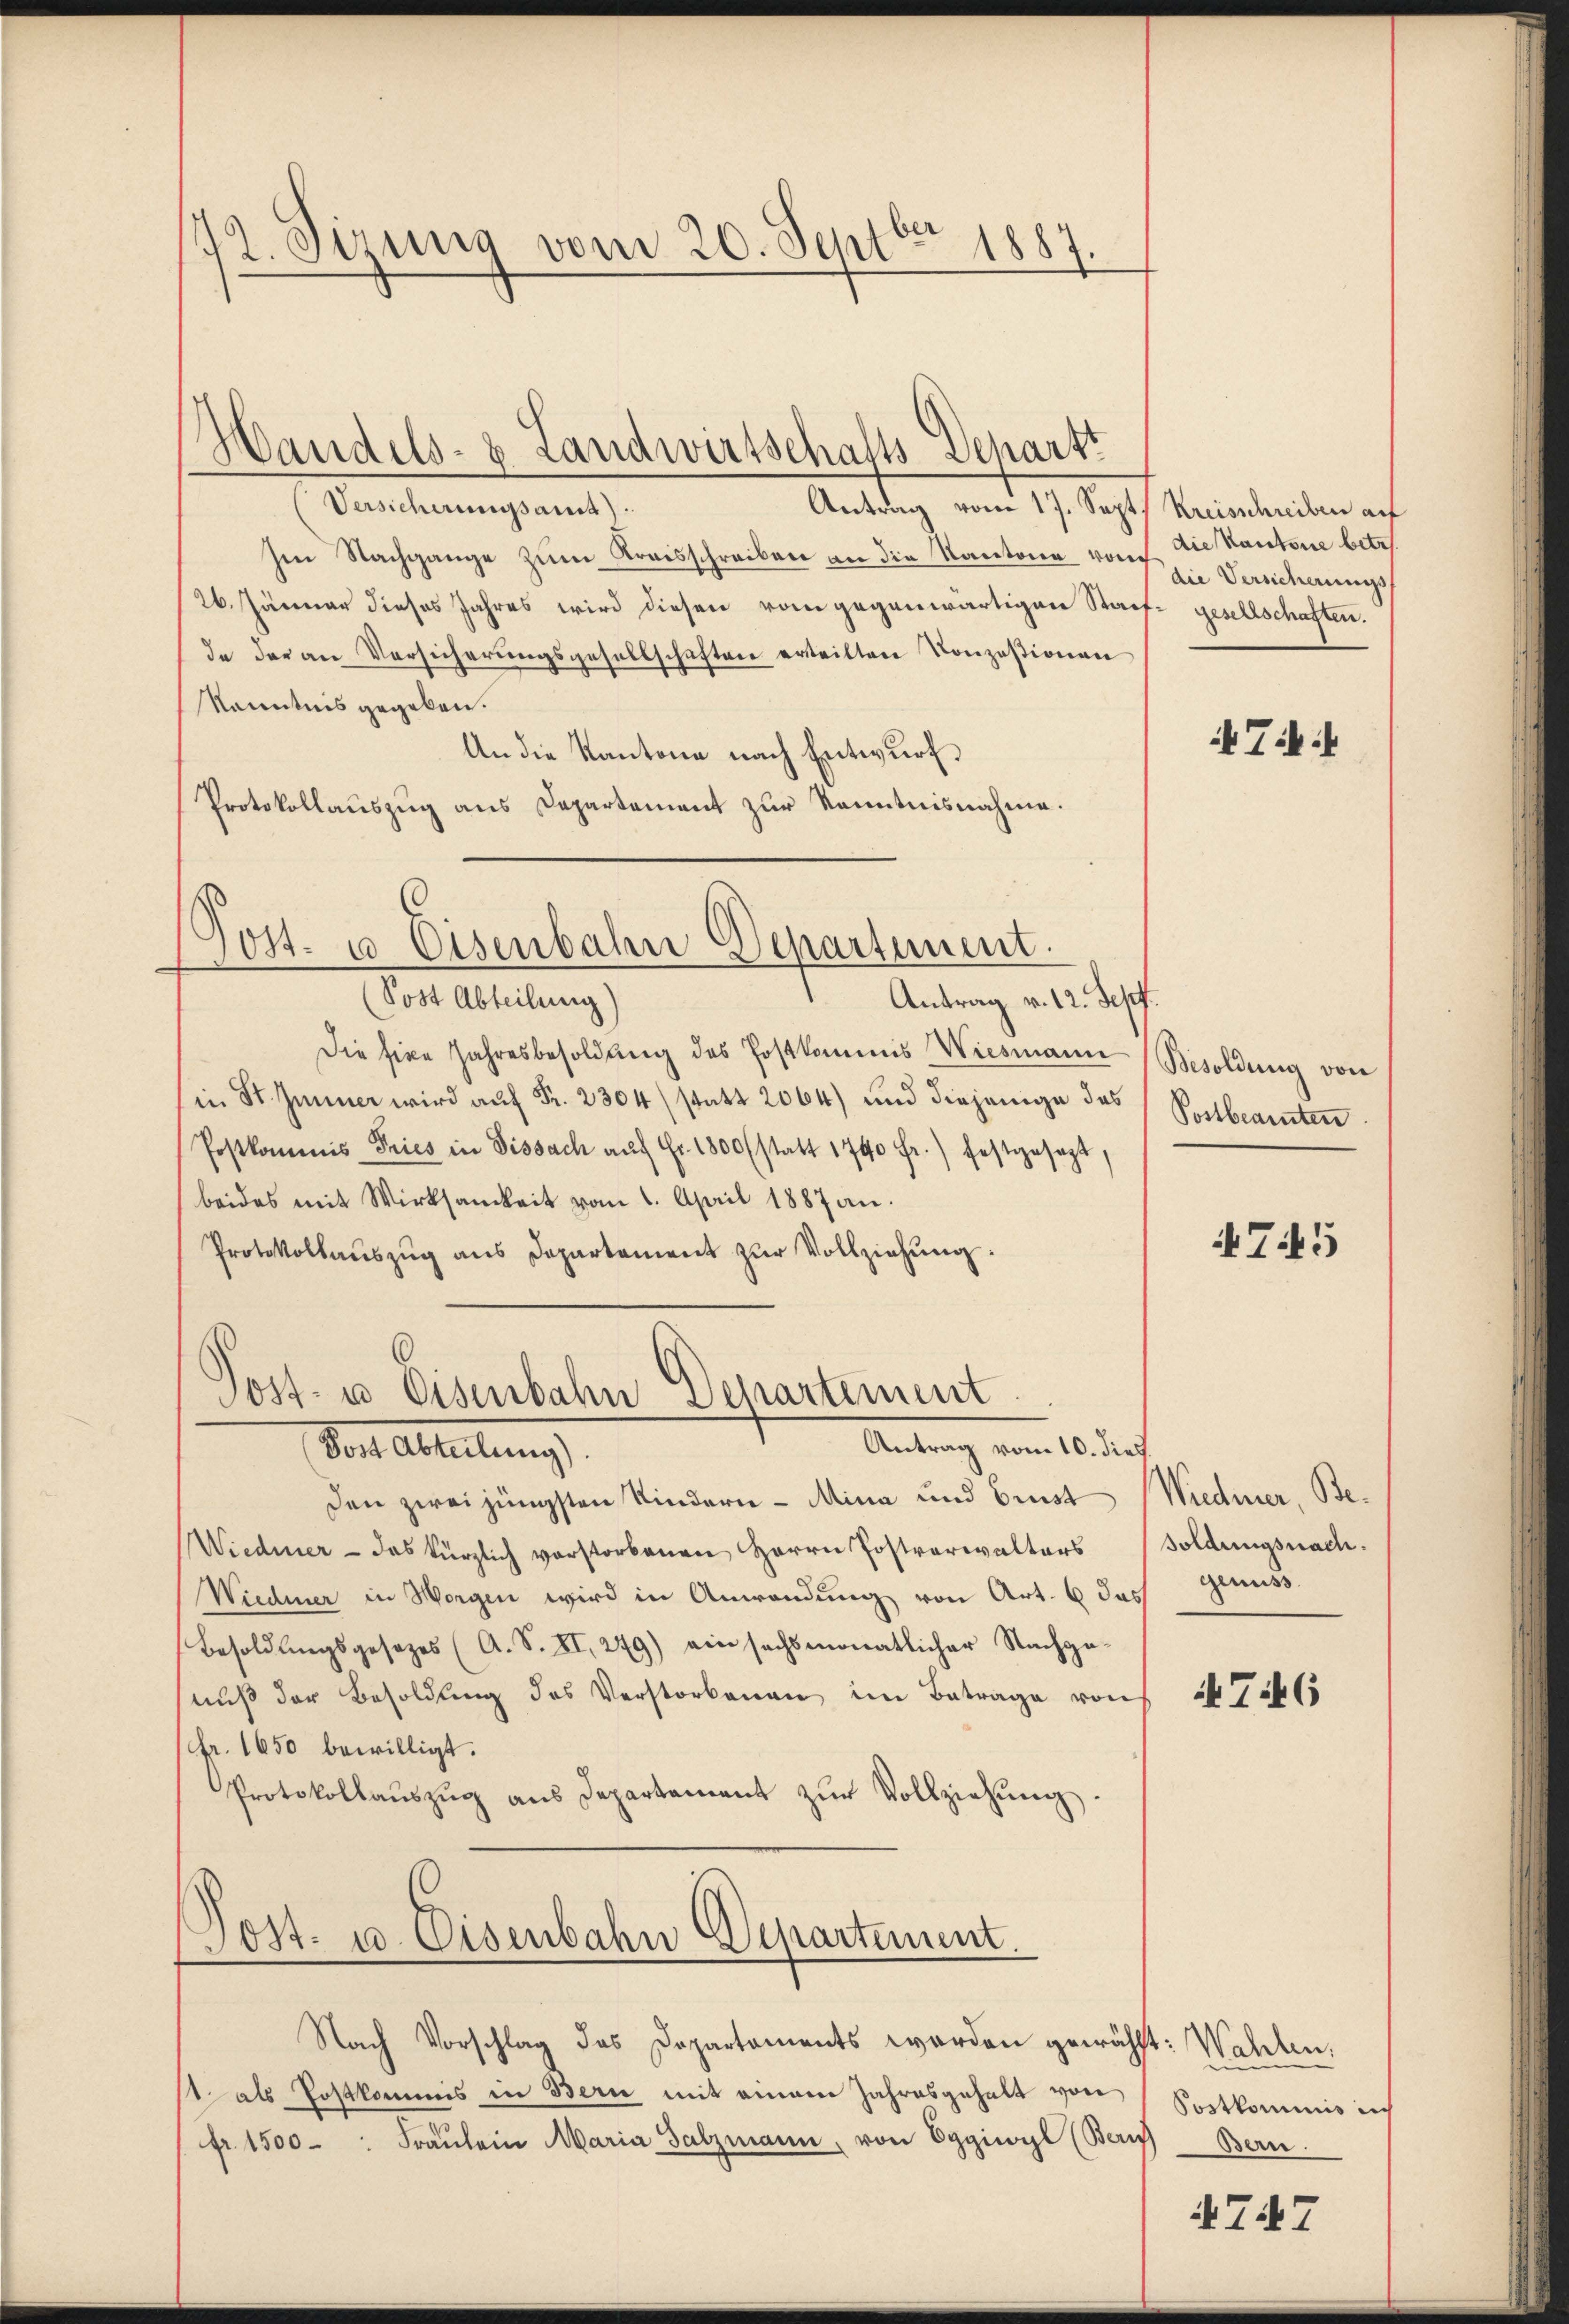
42. Sirung vom 20. Septbr 1887.

Versicherungsamt).
Antrag vom 17. Sept. Kreisschreiben auf
Im Nachgange zum Kreisschreiben an die Kantone von die kantone betr.
26. Jänner dieses Jahres wird diesen vom gegenwärtigen Stauf- gesellschaften.
In der an Versicherungsgesellschaften erteilten Konzessionen
kanntnis gegeben.
An die Kantone nach Entwurf.
Protokollauszug aus Departement zur Kenntnisnahme.

Handels- u. Landwirtschafts-Depart

Post- u Eisenbahn Departement.

(Sost Abteilung
Antrag v. 12. Sepf.
Die sie Jahresbesoldŭng des Postkommis Wiesmann Besoldung von
.
Postkommis Tries in Dissach aŭf Fr. 1800 (statt 1740 fr.) festgesagt,
beides mit Wirksamkeit vom 1. April 1887 an.
Protokollaŭszŭg ans Departement zŭr Vollziehung:
den zwei jüngsten Kindern - Mina und Brust Wiedmer, Be¬
Wiedener - das kürzlich vorstorbenen Herrn Postverwalters
Wiedmer in Morgen wird in Anwendung von Art. 6 das Genuss
Besoldungsgesetzes (A. S. XI, 279) ein sechsmonatlicher Nachge-
nuß der Besoldung des Verstorbenen im Betrage von
Fr. 1650 bewilligt.
Protokollaŭszŭg ans Departement zŭr Vollziehŭng.

Post- u Eisenbahn Departement
Antrag vom 10. dies
Vor Abteilung

Post- u. Eisenbahn Departement.

Nach Vorschlag des Departaments worden gewählt: Wahlen,
 als Postkommis in Bern mit einem Jahresgehalt von
fr. 1500. Fräŭlein Maria Salzmann, von Eggiwyl (Be

die Versicherungs

Ti

Postbeamten

4745

soldungsnach.

746

Postkommnis ich
auf Bern.

4747